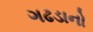
ગઢડાનો